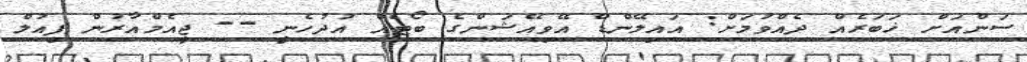
ސަންއަށް ޚަބަރެއް ދެއްވުމަށް: އައިލޭންޑް އޭވިއޭޝަންގެ ބޯޓެއް އުދުހެނީ -- ޖީއެމްއާރުން ފިއުލް